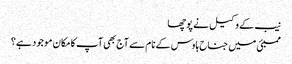
نیب کے وکیل نے پوچھا
ممبئی میں جناح ہاوس کے نام سے آج بھی آپ کا مکان موجود ہے؟